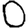
Digit: 0